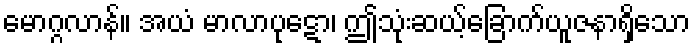
မောဂ္ဂလာန်။ အယံ မာလာပုဋော၊ ဤသုံးဆယ့်ခြောက်ယူဇနာရှိသော